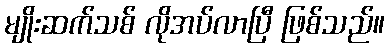
မျိုးဆက်သစ် လိုအပ်လာပြီ ဖြစ်သည်။